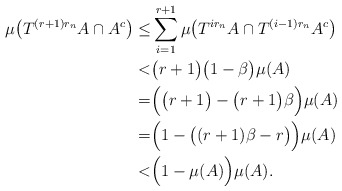
\begin{align*}\mu \big( T^{(r+1)r_n}A \cap A^c \big) \leq& \sum_{i=1}^{r+1} \mu \big( T^{ir_n}A \cap T^{(i-1)r_n} A^c \big) \\ <& \big( r+1 \big) \big( 1-\beta \big) \mu (A) \\ =& \Big( \big( r+1 \big) - \big( r+1 \big) \beta \Big) \mu(A) \\ =& \Big( 1 - \big( ( r+1) \beta - r \big) \Big) \mu(A) \\ <& \Big( 1 - \mu(A) \Big) \mu(A) . \end{align*}